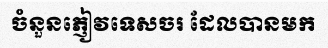
ចំនួនភ្ញៀវទេសចរ ដែលបានមក